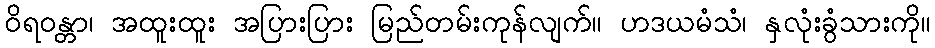
ဝိရဝန္တာ၊ အထူးထူး အပြားပြား မြည်တမ်းကုန်လျက်။ ဟဒယမံသံ၊ နှလုံးခွံသားကို။